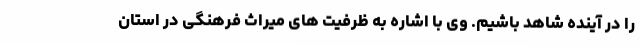
را در آینده شاهد باشیم. وی با اشاره به ظرفیت های میراث فرهنگی در استان